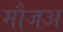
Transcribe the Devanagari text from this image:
मौजअ